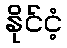
နိုင်ငံ့